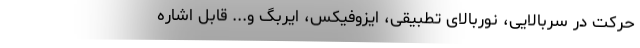
حرکت در سربالایی، نوربالای تطبیقی، ایزوفیکس، ایربگ و... قابل اشاره